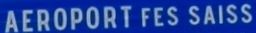
AEROPORT FES SAISS